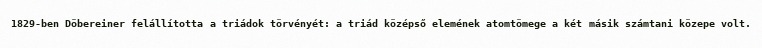
1829-ben Döbereiner felállította a triádok törvényét: a triád középső elemének atomtömege a két másik számtani közepe volt.